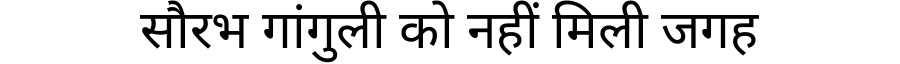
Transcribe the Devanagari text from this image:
सौरभ गांगुली को नहीं मिली जगह